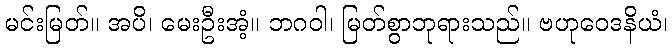
မင်းမြတ်။ အပိ၊ မေးဦးအံ့။ ဘဂဝါ၊ မြတ်စွာဘုရားသည်။ ဗဟုဝေဒနိယံ၊